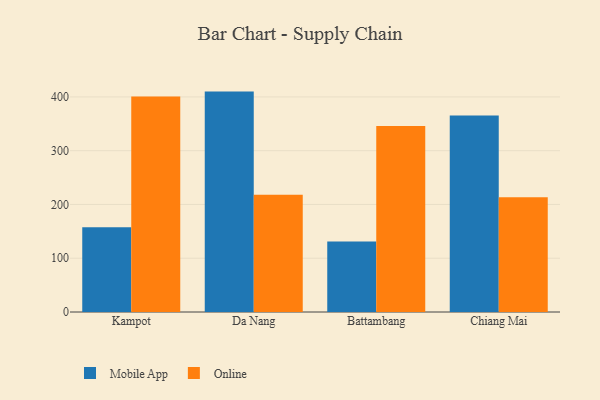
{"axis": {"x": "City", "y": "Net Income (USD K)"}, "legend": ["Mobile App", "Online"], "data": [{"x": "Kampot", "y": 157.7, "type": "Mobile App"}, {"x": "Kampot", "y": 400.6, "type": "Online"}, {"x": "Da Nang", "y": 409.9, "type": "Mobile App"}, {"x": "Da Nang", "y": 217.9, "type": "Online"}, {"x": "Battambang", "y": 131.2, "type": "Mobile App"}, {"x": "Battambang", "y": 345.9, "type": "Online"}, {"x": "Chiang Mai", "y": 365.4, "type": "Mobile App"}, {"x": "Chiang Mai", "y": 213.2, "type": "Online"}]}